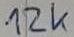
Text: 12K